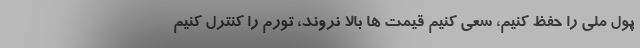
پول ملی را حفظ کنیم، سعی کنیم قیمت ها بالا نروند، تورم را کنترل کنیم